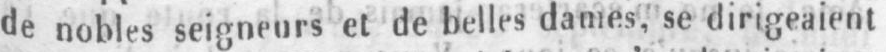
de nobles seigneurs et de belles dames, se dirigeaient